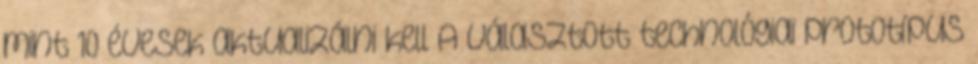
mint 10 évesek aktualizálni kell A választott technológiai prototípus